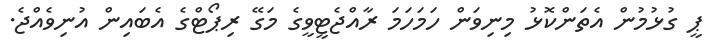
ޕީ ގުޅުމުން އެތަންކޮޅު މިނިިވަން ހަމަހަމަ ރާއްޖެޓީވީގެ މަގޭ ރިޕޯޓްގެ އެބައިން އުނިވެއްޖެ.